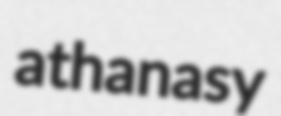
athanasy